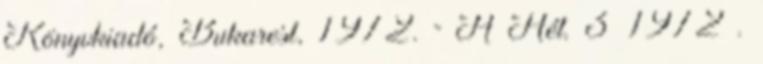
Könyvkiadó, Bukarest, 1972. = A Hét. 3 1972 .